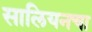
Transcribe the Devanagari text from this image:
सालियनचा